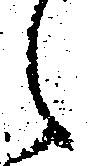
々